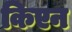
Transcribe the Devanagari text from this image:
किएन